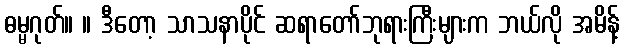
ဓမ္မဂုတ်။ ။ ဒီတော့ သာသနာပိုင် ဆရာတော်ဘုရားကြီးများက ဘယ်လို အမိန့်